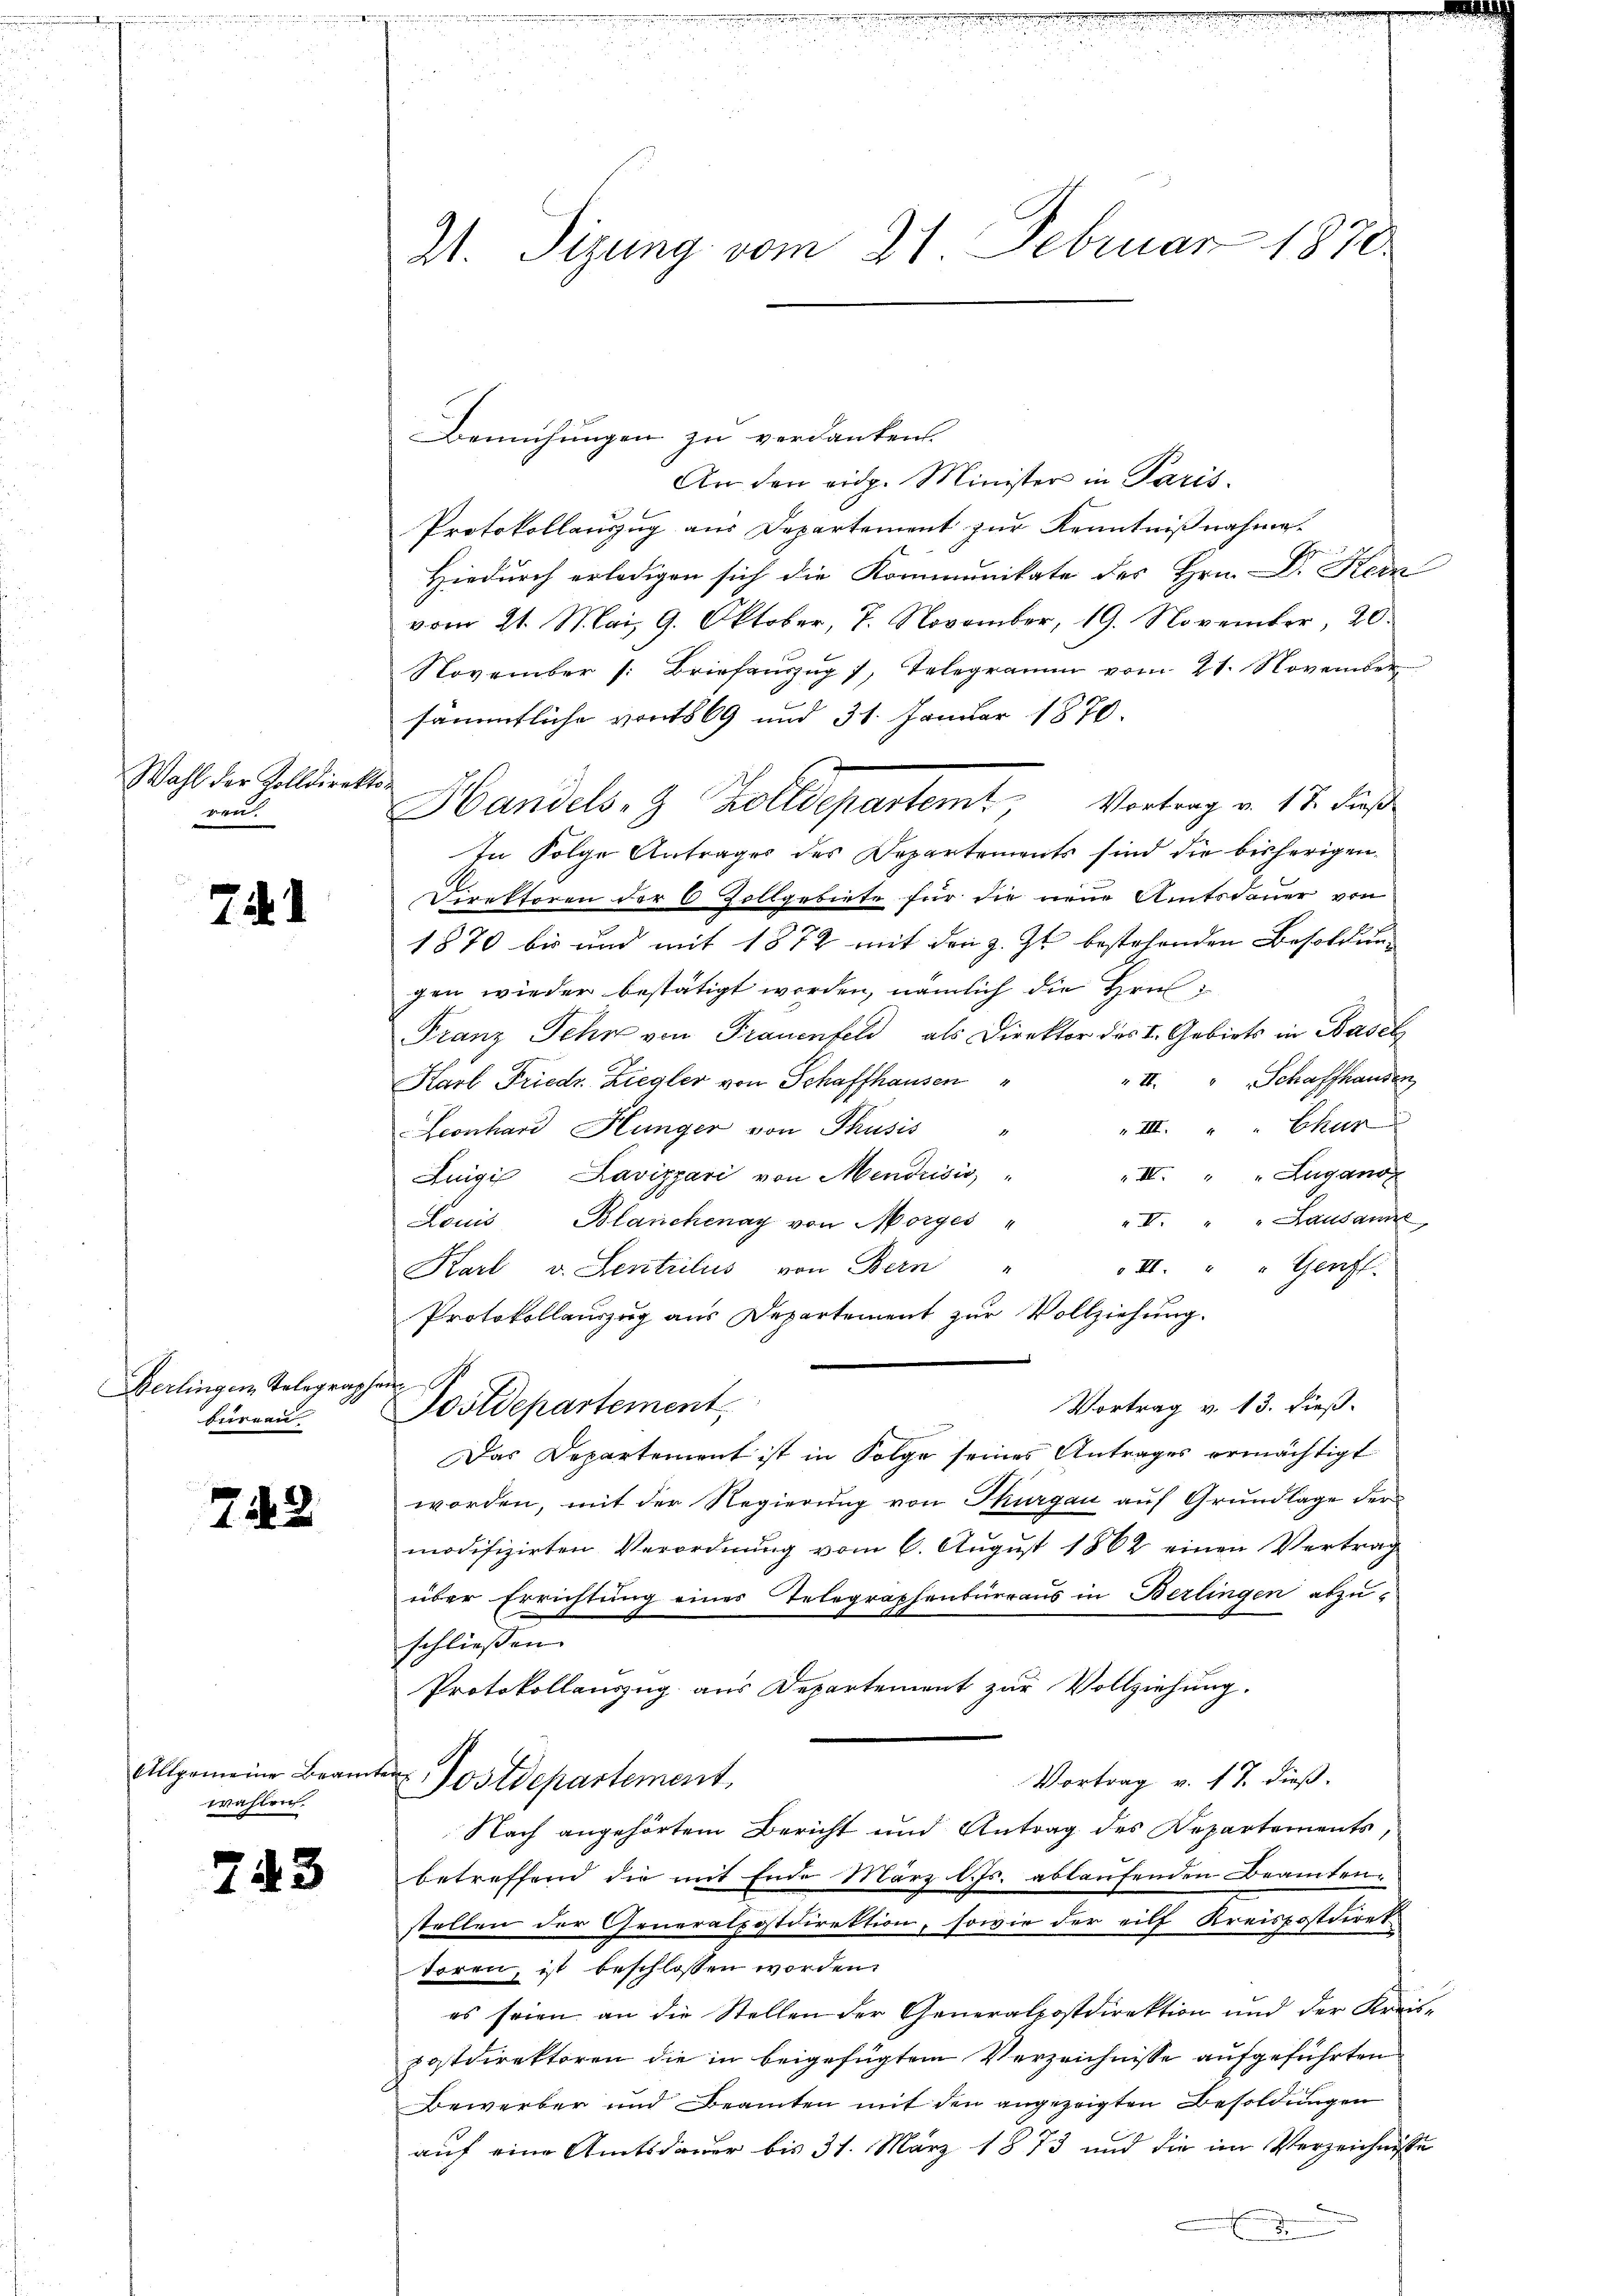
Wahl der Kolldiret
ren.

7

Berlingen Telegraphen
berren

742

Allgemeine Beamten
wahlen.

743

21. Sizung vom 21. Februar 1870

Bemühungen zu verdanken.
An den eidg. Minister in Paris.
Protokollauszug aus Departement zur Kenntnißnahme
Hiedurch erledigen sich die Kommunikate des Hrn. Dr. Kern
vom 21. Mai, 9. Oktober, 7. November, 19. November, 20.
November (: Briefaŭszŭg 7, Telegramm vom 21. November
sämmtliche von 1869 und 31. Januar 1870.
o
Handels- & Zolldepartemt, Vortrag v. 17. dieß
In Folge Antrages des Departements sind die bisherigen.
Direktoren der 6 Zollgebiete für die neue Amtsdauer von
1870 bis und mit 1872 mit den z. Zt. bestehenden Besoldung
gen wieder bestätigt worden, nämlich die Hrus
Franz Sehr von Frauenfeld, als Direktor des I. Gebiets in Basel
" II. " Schaffhausen
Karl Friedr. Ziegler von Schaffhausen
" III. " " Char
Leonhard Hunger von Thusis
" IV. " " Zugano
Luigi Lavizzari von Mendrisis
I. " " Lausanne
Louis Blanchenay von Morges
II. " " Genft
Karl v. Lentrilus von Bern
Protokollauszug aus Departement zur Vollziehung.
Vortrag v. 13. dieß.
Postdepartement,
Das Departement ist in Folge seines Antrages ermächtigt
worden, mit der Regierung von Thurgau auf Grundlage der
modifizirten Verordnung vom 6. August 1862 einen Vertrag
über Errichtung eines Telegraphenbürraus in Berlingen abzu-
schliessen. |
Protokollauszug aus Departement zur Vollziehung.
Vortrag v. 17. dieß.
Postdepartement,
Nach angehörtem Bericht und Antrag des Departements
betreffend die mit Ende März l. Js. ablaufenden Beamten.
stellen der Generalpostdirektion, sowie der eilf Kreispostdiret
toren, ist beschlossen worden.
es seien an die Stellen der Generalpostdirektion und der Kreis-
postdirektoren die in beigefügtem Verzeichnisse aufgeführten
Bewerber und Beamten mit den angezeigten Besoldungen
auf eine Amtsdauer bis 31. März 1873 und die im Verzeichnisse